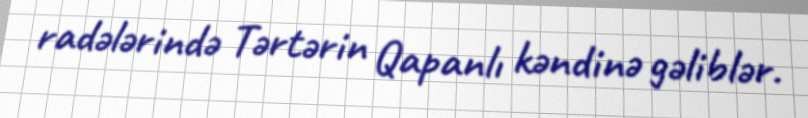
radələrində Tərtərin Qapanlı kəndinə gəliblər.